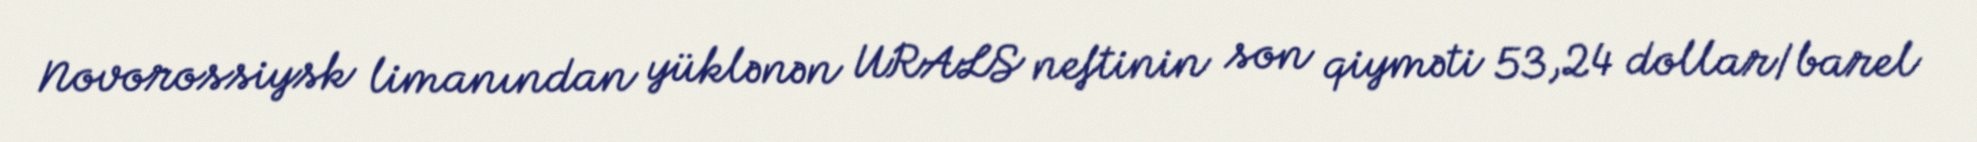
Novorossiysk limanından yüklənən URALS neftinin son qiyməti 53,24 dollar/barel